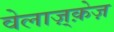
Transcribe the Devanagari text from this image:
वेलाज़्क़ेज़